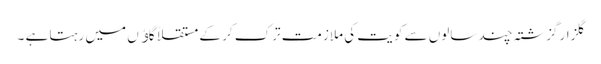
گلزار گزشتہ چند سالوں سے کویت کی ملازمت ترک کر کے مستقلاً گاﺅں میں رہتا ہے ۔